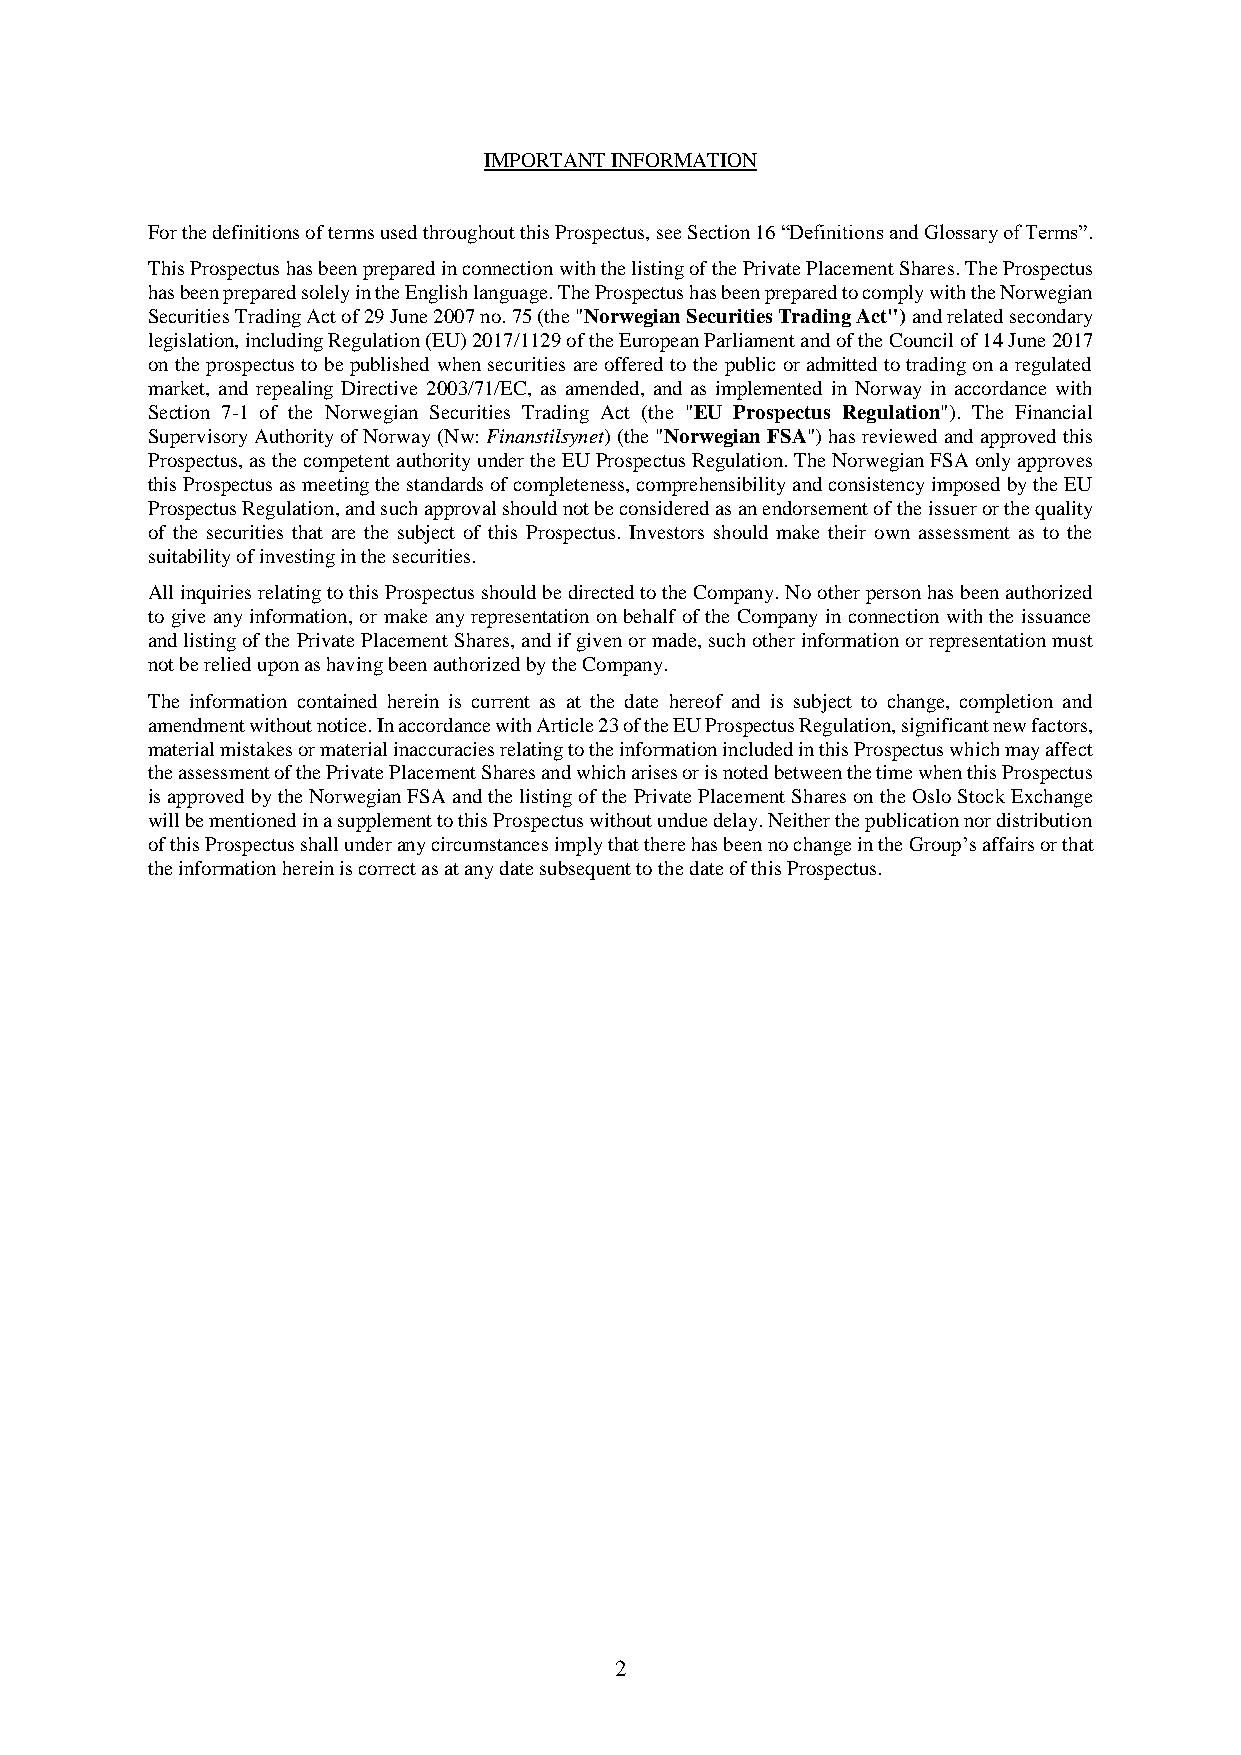
IMPORTANT INFORMATION
 For the definitions of terms used throughout this Prospectus, see Section 16 “Definitions and Glossary of Terms”.
 This Prospectus has been prepared in connection with the listing of the Private Placement Shares. The Prospectus
 has been prepared solely in the English language. The Prospectus has been prepared to comply with the Norwegian
 Securities Trading Act of 29 June 2007 no. 75 (the "Norwegian Securities Trading Act") and related secondary
 legislation, including Regulation (EU) 2017/1129 of the European Parliament and of the Council of 14 June 2017
 on the prospectus to be published when securities are offered to the public or admitted to trading on a regulated
 market, and repealing Directive 2003/71/EC, as amended, and as implemented in Norway in accordance with
 Section 7-1 of the Norwegian Securities Trading Act (the "EU Prospectus Regulation"). The Financial
 Supervisory Authority of Norway (Nw: Finanstilsynet) (the "Norwegian FSA") has reviewed and approved this
 Prospectus, as the competent authority under the EU Prospectus Regulation. The Norwegian FSA only approves
 this Prospectus as meeting the standards of completeness, comprehensibility and consistency imposed by the EU
 Prospectus Regulation, and such approval should not be considered as an endorsement of the issuer or the quality
 of the securities that are the subject of this Prospectus. Investors should make their own assessment as to the
 suitability of investing in the securities.
 All inquiries relating to this Prospectus should be directed to the Company. No other person has been authorized
 to give any information, or make any representation on behalf of the Company in connection with the issuance
 and listing of the Private Placement Shares, and if given or made, such other information or representation must
 not be relied upon as having been authorized by the Company.
 The information contained herein is current as at the date hereof and is subject to change, completion and
 amendment without notice. In accordance with Article 23 of the EU Prospectus Regulation, significant new factors,
 material mistakes or material inaccuracies relating to the information included in this Prospectus which may affect
 the assessment of the Private Placement Shares and which arises or is noted between the time when this Prospectus
 is approved by the Norwegian FSA and the listing of the Private Placement Shares on the Oslo Stock Exchange
 will be mentioned in a supplement to this Prospectus without undue delay. Neither the publication nor distribution
 of this Prospectus shall under any circumstances imply that there has been no change in the Group’s affairs or that
 the information herein is correct as at any date subsequent to the date of this Prospectus.
 2